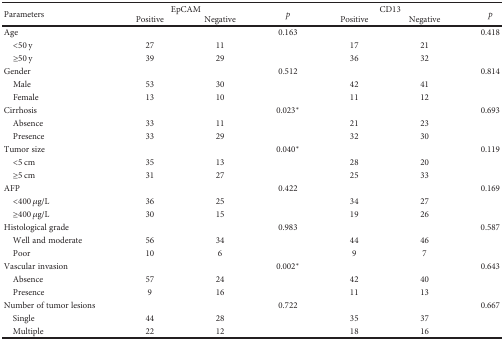
<table><thead><tr><td rowspan="2"><b>Parameters</b></td><td colspan="2"><b>EpCAM</b></td><td rowspan="2"><b><i>p</i></b></td><td colspan="2"><b>CD13</b></td><td rowspan="2"><b><i>p</i></b></td></tr><tr><td><b>Positive</b></td><td><b>Negative</b></td><td><b>Positive</b></td><td><b>Negative</b></td></tr></thead><tbody><tr><td>Age</td><td></td><td></td><td>0.163</td><td></td><td></td><td>0.418</td></tr><tr><td> &lt;50 y</td><td>27</td><td>11</td><td></td><td>17</td><td>21</td><td></td></tr><tr><td> ≥50 y</td><td>39</td><td>29</td><td></td><td>36</td><td>32</td><td></td></tr><tr><td>Gender</td><td></td><td></td><td>0.512</td><td></td><td></td><td>0.814</td></tr><tr><td> Male</td><td>53</td><td>30</td><td></td><td>42</td><td>41</td><td></td></tr><tr><td> Female</td><td>13</td><td>10</td><td></td><td>11</td><td>12</td><td></td></tr><tr><td>Cirrhosis</td><td></td><td></td><td>0.023<sup>∗</sup></td><td></td><td></td><td>0.693</td></tr><tr><td> Absence</td><td>33</td><td>11</td><td></td><td>21</td><td>23</td><td></td></tr><tr><td> Presence</td><td>33</td><td>29</td><td></td><td>32</td><td>30</td><td></td></tr><tr><td>Tumor size</td><td></td><td></td><td>0.040<sup>∗</sup></td><td></td><td></td><td>0.119</td></tr><tr><td> &lt;5 cm</td><td>35</td><td>13</td><td></td><td>28</td><td>20</td><td></td></tr><tr><td> ≥5 cm</td><td>31</td><td>27</td><td></td><td>25</td><td>33</td><td></td></tr><tr><td>AFP</td><td></td><td></td><td>0.422</td><td></td><td></td><td>0.169</td></tr><tr><td> &lt;400 <i>μ</i>g/L</td><td>36</td><td>25</td><td></td><td>34</td><td>27</td><td></td></tr><tr><td> ≥400 <i>μ</i>g/L</td><td>30</td><td>15</td><td></td><td>19</td><td>26</td><td></td></tr><tr><td>Histological grade</td><td></td><td></td><td>0.983</td><td></td><td></td><td>0.587</td></tr><tr><td> Well and moderate</td><td>56</td><td>34</td><td></td><td>44</td><td>46</td><td></td></tr><tr><td> Poor</td><td>10</td><td>6</td><td></td><td>9</td><td>7</td><td></td></tr><tr><td>Vascular invasion</td><td></td><td></td><td>0.002<sup>∗</sup></td><td></td><td></td><td>0.643</td></tr><tr><td> Absence</td><td>57</td><td>24</td><td></td><td>42</td><td>40</td><td></td></tr><tr><td> Presence</td><td>9</td><td>16</td><td></td><td>11</td><td>13</td><td></td></tr><tr><td>Number of tumor lesions</td><td></td><td></td><td>0.722</td><td></td><td></td><td>0.667</td></tr><tr><td> Single</td><td>44</td><td>28</td><td></td><td>35</td><td>37</td><td></td></tr><tr><td> Multiple</td><td>22</td><td>12</td><td></td><td>18</td><td>16</td><td></td></tr></tbody></table>